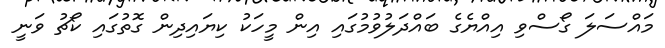
މައްސަލަ ގޯސްވި އިއްޔެގެ ބައްދަލުވުމުގައި އިން މީހަކު ކިޔައިދިން ގޮތުގައި ކޯޗު ވަނީ